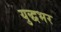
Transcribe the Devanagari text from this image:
युद्धभर